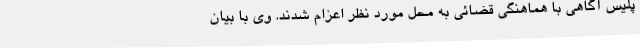
پلیس آگاهی با هماهنگی قضائی به محل مورد نظر اعزام شدند. وی با بیان